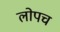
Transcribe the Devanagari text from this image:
लोपच